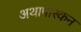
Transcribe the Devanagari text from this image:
अथापास्कन